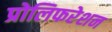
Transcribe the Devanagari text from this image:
प्रोलिफरेशन